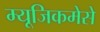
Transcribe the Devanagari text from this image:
म्यूजिकमेसे